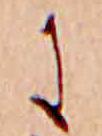
に